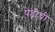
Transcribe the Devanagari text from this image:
पेढीची